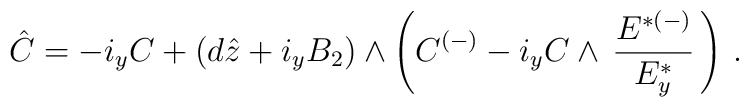
\hat{C} = - i_y C + (d\hat{z}+ i_yB_2)\wedge \left(C^{(-)}- i_y C \wedge \, {{E}^{ {*}(-)}\over {E}_y^{ {*}}}\, \right)\, .